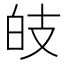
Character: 𤽑